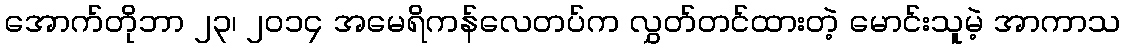
အောက်တိုဘာ ၂၃၊ ၂၀၁၄ အမေရိကန်လေတပ်က လွှတ်တင်ထားတဲ့ မောင်းသူမဲ့ အာကာသ